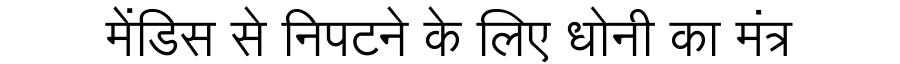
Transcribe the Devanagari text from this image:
मेंडिस से निपटने के लिए धोनी का मंत्र